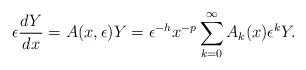
\begin{align*}\epsilon \frac{dY}{dx} = A(x, \epsilon) Y = \epsilon^{- h} x^{- p} \sum_{k=0}^{\infty} A_k(x) {\epsilon}^k Y.\end{align*}